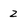
Character: 2